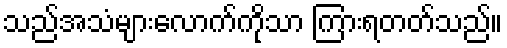
သည်အသံများလောက်ကိုသာ ကြားရတတ်သည်။